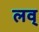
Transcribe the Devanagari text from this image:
लव्